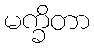
မက္ခိတာ